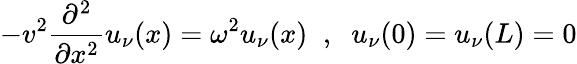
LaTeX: -v^{2}\frac{\partial^{2}}{\partial x^{2}}u_{\nu}(x)=\omega^{2}u_{\nu}(x)\; \; ,\; \; u_{\nu}(0)=u_{\nu}(L)=0